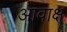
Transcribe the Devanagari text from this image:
आवाक्ष